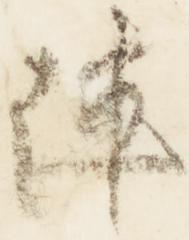
陣